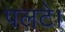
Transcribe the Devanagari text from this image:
पलटे।